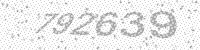
Solution: 792639